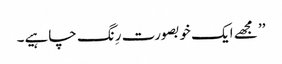
’’ مجھے ایک خوبصورت رِنگ چاہیے۔